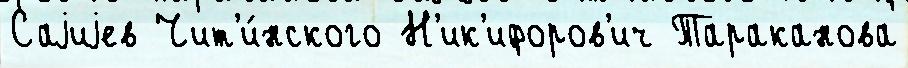
Саjиjев Чит'и́нского Н'ик'ифоров'ич Тараканова